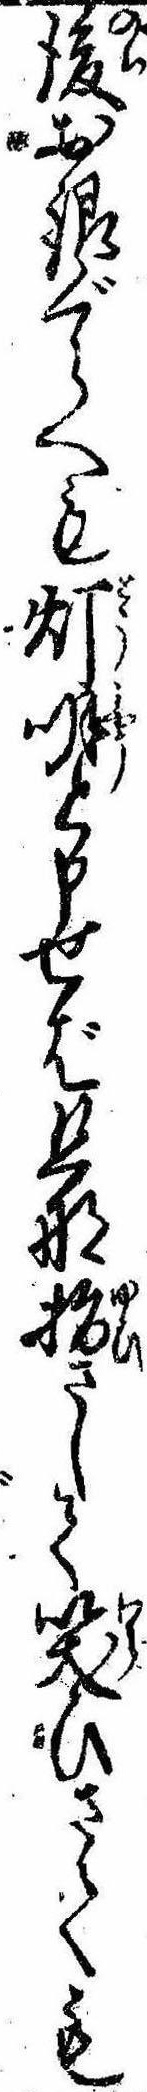
後お銀ぐらへも灯明と申せば旦那指さして笑ひさても